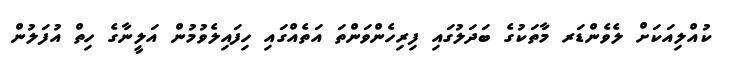
ކުއްލިއަކަށް ލެވެންޑަރ މާތަކުގެ ބަދަލުގައި ފިރިހެންވަންތަ އަތެއްގައި ހިފައިލެވުމުން އަލީނާގެ ހިތް އުފަލުން